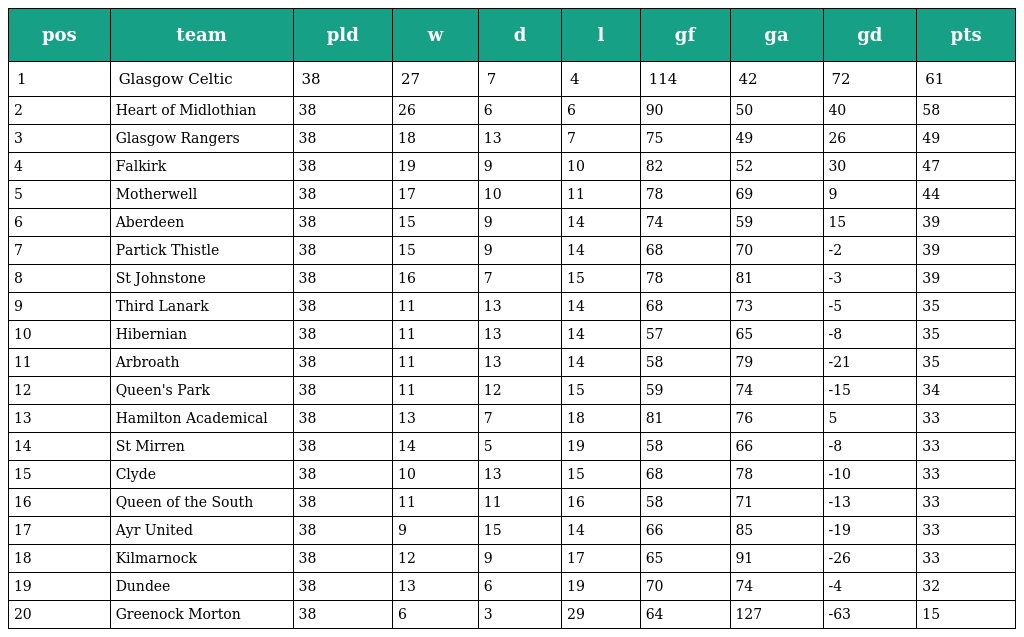
| pos | team | pld | w | d | l | gf | ga | gd | pts |
 | --- | --- | --- | --- | --- | --- | --- | --- | --- | --- |
 | 1 | Glasgow Celtic | 38 | 27 | 7 | 4 | 114 | 42 | 72 | 61 |
 | 2 | Heart of Midlothian | 38 | 26 | 6 | 6 | 90 | 50 | 40 | 58 |
 | 3 | Glasgow Rangers | 38 | 18 | 13 | 7 | 75 | 49 | 26 | 49 |
 | 4 | Falkirk | 38 | 19 | 9 | 10 | 82 | 52 | 30 | 47 |
 | 5 | Motherwell | 38 | 17 | 10 | 11 | 78 | 69 | 9 | 44 |
 | 6 | Aberdeen | 38 | 15 | 9 | 14 | 74 | 59 | 15 | 39 |
 | 7 | Partick Thistle | 38 | 15 | 9 | 14 | 68 | 70 | -2 | 39 |
 | 8 | St Johnstone | 38 | 16 | 7 | 15 | 78 | 81 | -3 | 39 |
 | 9 | Third Lanark | 38 | 11 | 13 | 14 | 68 | 73 | -5 | 35 |
 | 10 | Hibernian | 38 | 11 | 13 | 14 | 57 | 65 | -8 | 35 |
 | 11 | Arbroath | 38 | 11 | 13 | 14 | 58 | 79 | -21 | 35 |
 | 12 | Queen's Park | 38 | 11 | 12 | 15 | 59 | 74 | -15 | 34 |
 | 13 | Hamilton Academical | 38 | 13 | 7 | 18 | 81 | 76 | 5 | 33 |
 | 14 | St Mirren | 38 | 14 | 5 | 19 | 58 | 66 | -8 | 33 |
 | 15 | Clyde | 38 | 10 | 13 | 15 | 68 | 78 | -10 | 33 |
 | 16 | Queen of the South | 38 | 11 | 11 | 16 | 58 | 71 | -13 | 33 |
 | 17 | Ayr United | 38 | 9 | 15 | 14 | 66 | 85 | -19 | 33 |
 | 18 | Kilmarnock | 38 | 12 | 9 | 17 | 65 | 91 | -26 | 33 |
 | 19 | Dundee | 38 | 13 | 6 | 19 | 70 | 74 | -4 | 32 |
 | 20 | Greenock Morton | 38 | 6 | 3 | 29 | 64 | 127 | -63 | 15 |